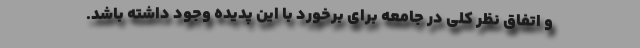
و اتفاق نظر کلی در جامعه برای برخورد با این پدیده وجود داشته باشد.